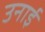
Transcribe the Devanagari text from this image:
उनाई